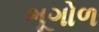
ભૂગોળ